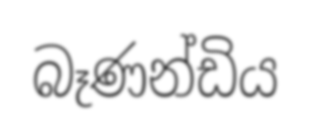
බෑණන්ඩිය